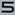
5